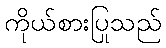
ကိုယ်စားပြုသည်